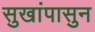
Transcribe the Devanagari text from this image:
सुखांपासुन